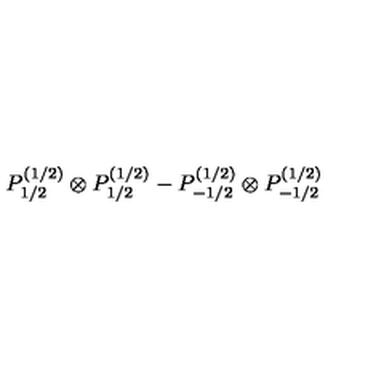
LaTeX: P _ { 1 / 2 } ^ { ( 1 / 2 ) } \otimes P _ { 1 / 2 } ^ { ( 1 / 2 ) } - P _ { - 1 / 2 } ^ { ( 1 / 2 ) } \otimes P _ { - 1 / 2 } ^ { ( 1 / 2 ) }